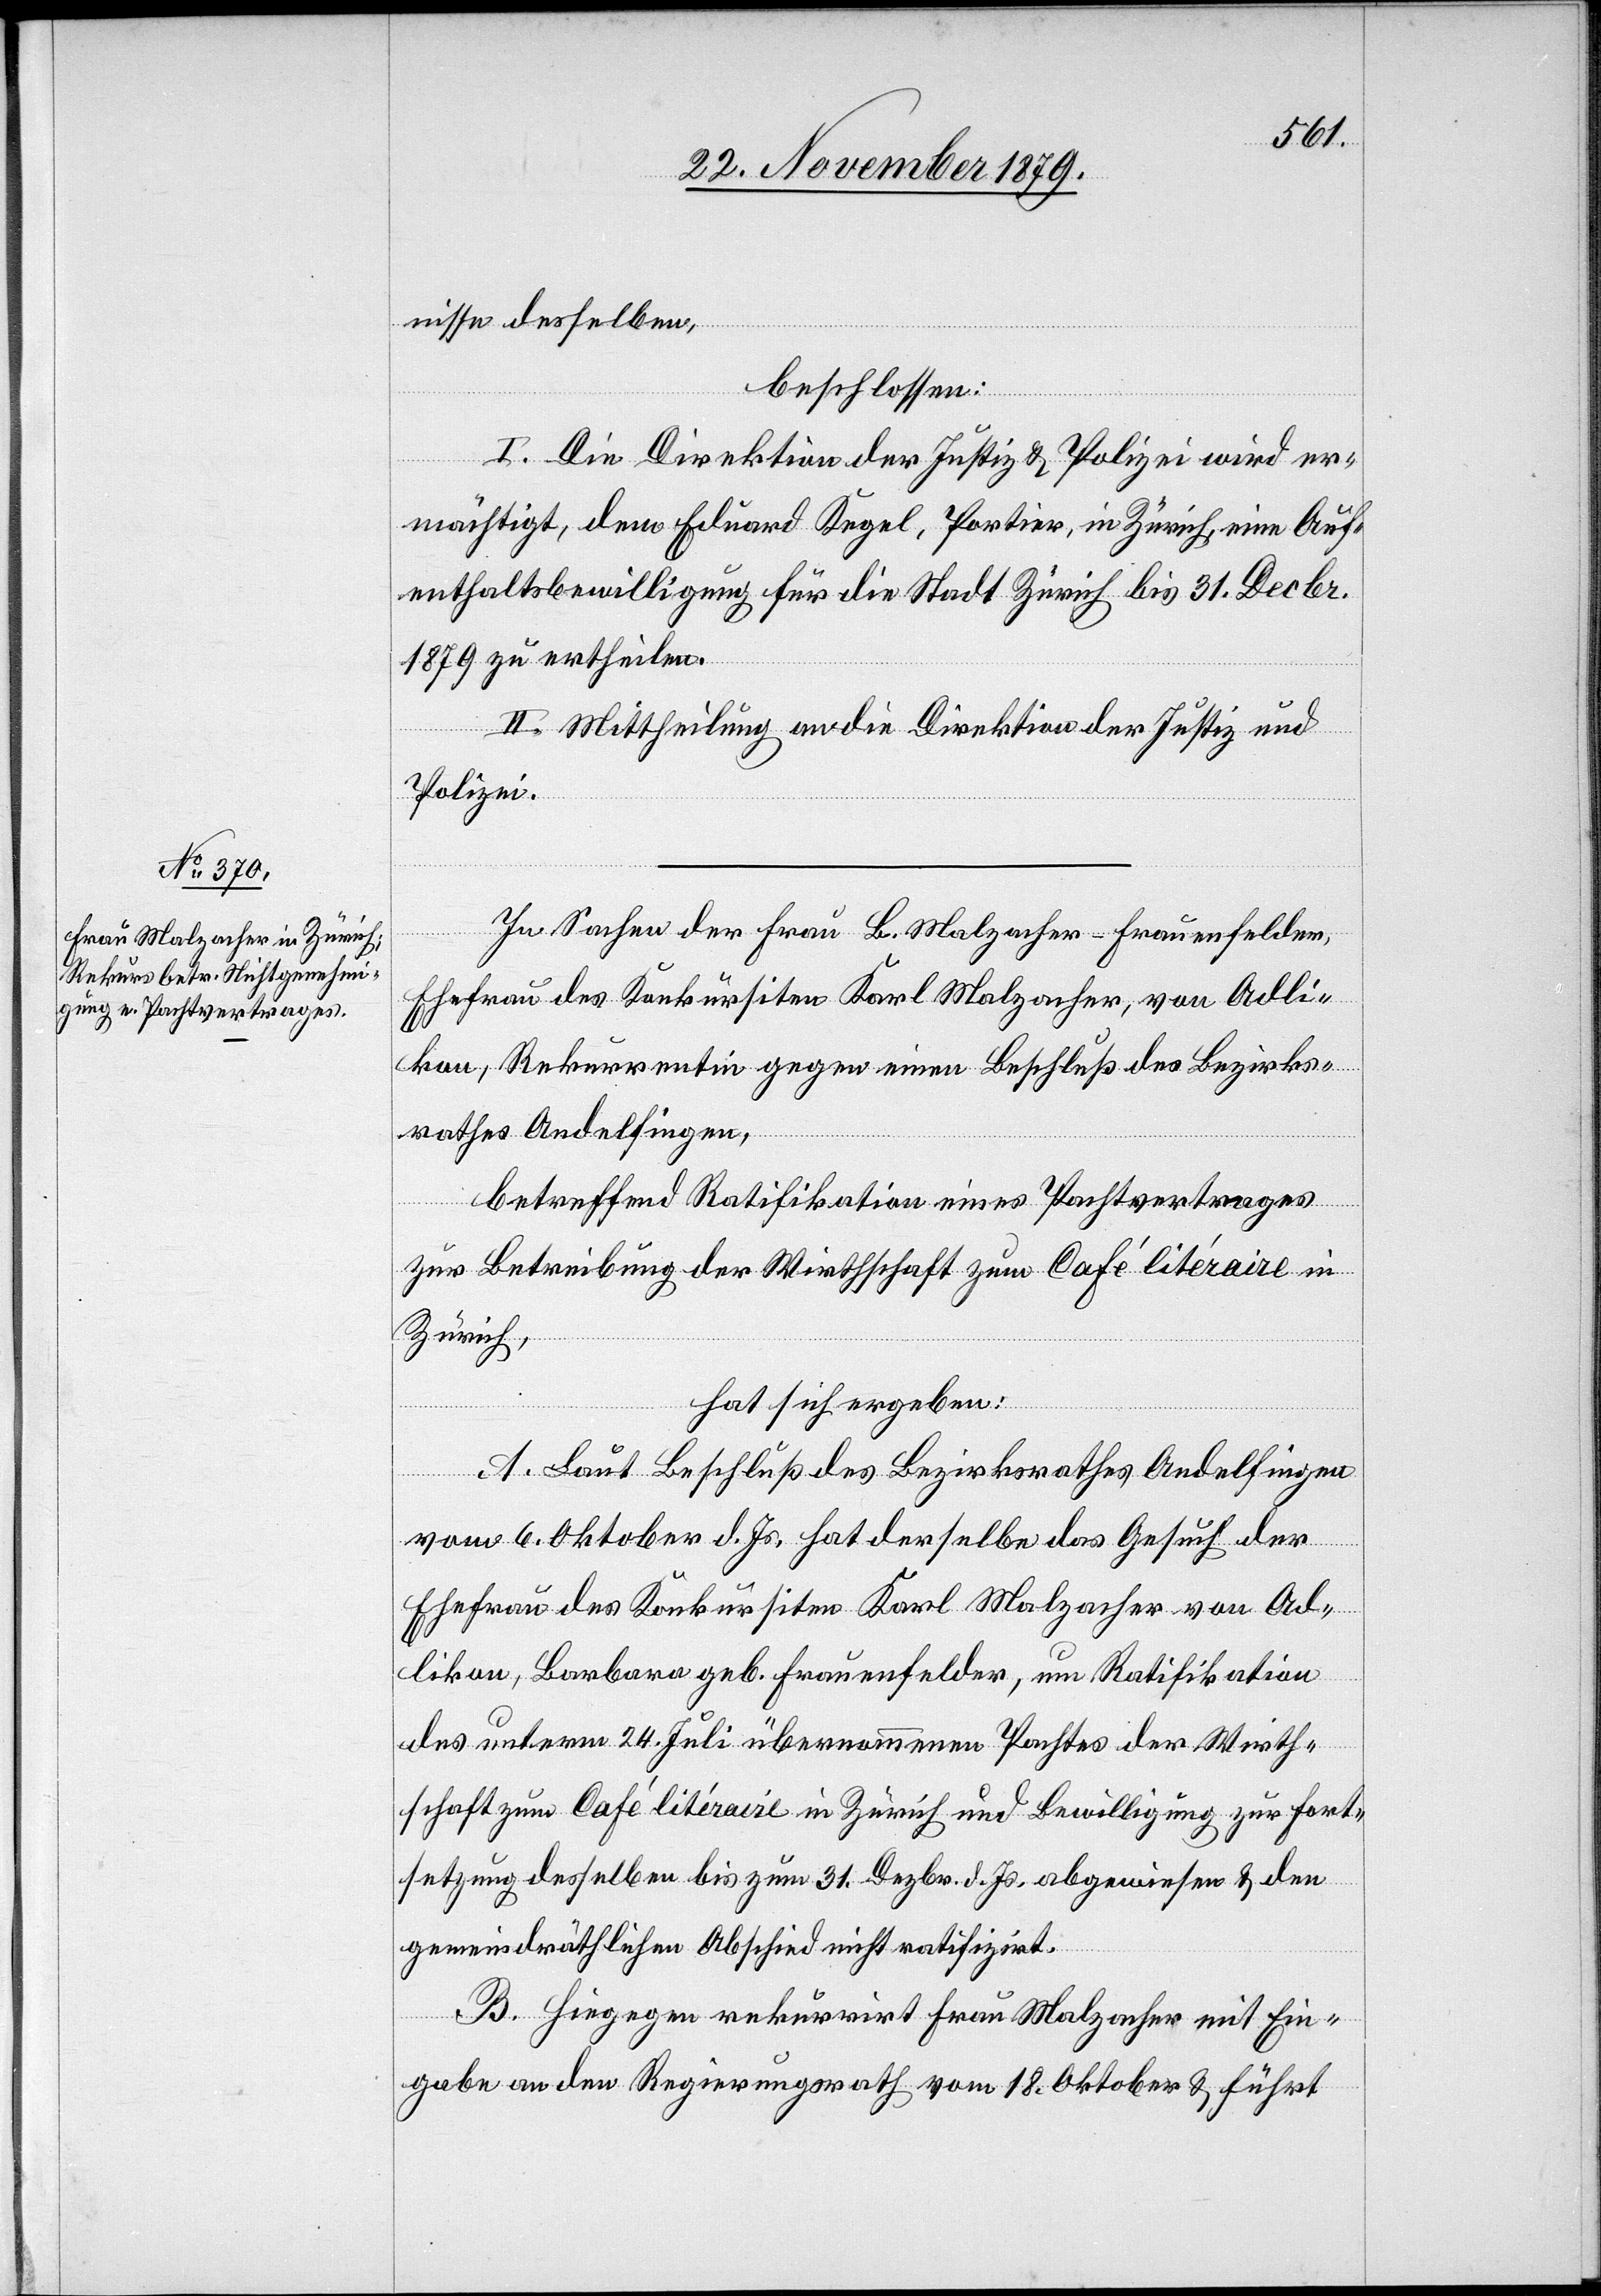
nisse desselben,
beschlossen:
I. Die Direktion der Justiz & Polizei wird er¬
mächtigt, dem Eduard Kegel, Portier, in Zürich eine Auf¬
enthaltsbewilligung für die Stadt Zürich bis 31. Decbr.
1879 zu ertheilen.
II. Mittheilung an die Direktion der Justiz und
Polizei.